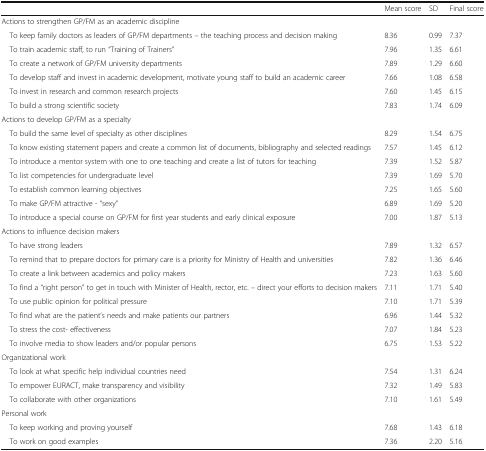
<table><thead><tr><td></td><td><b>Mean score</b></td><td><b>SD</b></td><td><b>Final score</b></td></tr></thead><tbody><tr><td colspan="4">Actions to strengthen GP/FM as an academic discipline</td></tr><tr><td> To keep family doctors as leaders of GP/FM departments – the teaching process and decision making</td><td>8.36</td><td>0.99</td><td>7.37</td></tr><tr><td> To train academic staff, to run “Training of Trainers”</td><td>7.96</td><td>1.35</td><td>6.61</td></tr><tr><td> To create a network of GP/FM university departments</td><td>7.89</td><td>1.29</td><td>6.60</td></tr><tr><td> To develop staff and invest in academic development, motivate young staff to build an academic career</td><td>7.66</td><td>1.08</td><td>6.58</td></tr><tr><td> To invest in research and common research projects</td><td>7.60</td><td>1.45</td><td>6.15</td></tr><tr><td> To build a strong scientific society</td><td>7.83</td><td>1.74</td><td>6.09</td></tr><tr><td colspan="4">Actions to develop GP/FM as a specialty</td></tr><tr><td> To build the same level of specialty as other disciplines</td><td>8.29</td><td>1.54</td><td>6.75</td></tr><tr><td> To know existing statement papers and create a common list of documents, bibliography and selected readings</td><td>7.57</td><td>1.45</td><td>6.12</td></tr><tr><td> To introduce a mentor system with one to one teaching and create a list of tutors for teaching</td><td>7.39</td><td>1.52</td><td>5.87</td></tr><tr><td> To list competencies for undergraduate level</td><td>7.39</td><td>1.69</td><td>5.70</td></tr><tr><td> To establish common learning objectives</td><td>7.25</td><td>1.65</td><td>5.60</td></tr><tr><td> To make GP/FM attractive - “sexy”</td><td>6.89</td><td>1.69</td><td>5.20</td></tr><tr><td> To introduce a special course on GP/FM for first year students and early clinical exposure</td><td>7.00</td><td>1.87</td><td>5.13</td></tr><tr><td colspan="4">Actions to influence decision makers</td></tr><tr><td> To have strong leaders</td><td>7.89</td><td>1.32</td><td>6.57</td></tr><tr><td> To remind that to prepare doctors for primary care is a priority for Ministry of Health and universities</td><td>7.82</td><td>1.36</td><td>6.46</td></tr><tr><td> To create a link between academics and policy makers</td><td>7.23</td><td>1.63</td><td>5.60</td></tr><tr><td> To find a “right person” to get in touch with Minister of Health, rector, etc. – direct your efforts to decision makers</td><td>7.11</td><td>1.71</td><td>5.40</td></tr><tr><td> To use public opinion for political pressure</td><td>7.10</td><td>1.71</td><td>5.39</td></tr><tr><td> To find what are the patient’s needs and make patients our partners</td><td>6.96</td><td>1.44</td><td>5.32</td></tr><tr><td> To stress the cost- effectiveness</td><td>7.07</td><td>1.84</td><td>5.23</td></tr><tr><td> To involve media to show leaders and/or popular persons</td><td>6.75</td><td>1.53</td><td>5.22</td></tr><tr><td colspan="4">Organizational work</td></tr><tr><td> To look at what specific help individual countries need</td><td>7.54</td><td>1.31</td><td>6.24</td></tr><tr><td> To empower EURACT, make transparency and visibility</td><td>7.32</td><td>1.49</td><td>5.83</td></tr><tr><td> To collaborate with other organizations</td><td>7.10</td><td>1.61</td><td>5.49</td></tr><tr><td colspan="4">Personal work</td></tr><tr><td> To keep working and proving yourself</td><td>7.68</td><td>1.43</td><td>6.18</td></tr><tr><td> To work on good examples</td><td>7.36</td><td>2.20</td><td>5.16</td></tr></tbody></table>